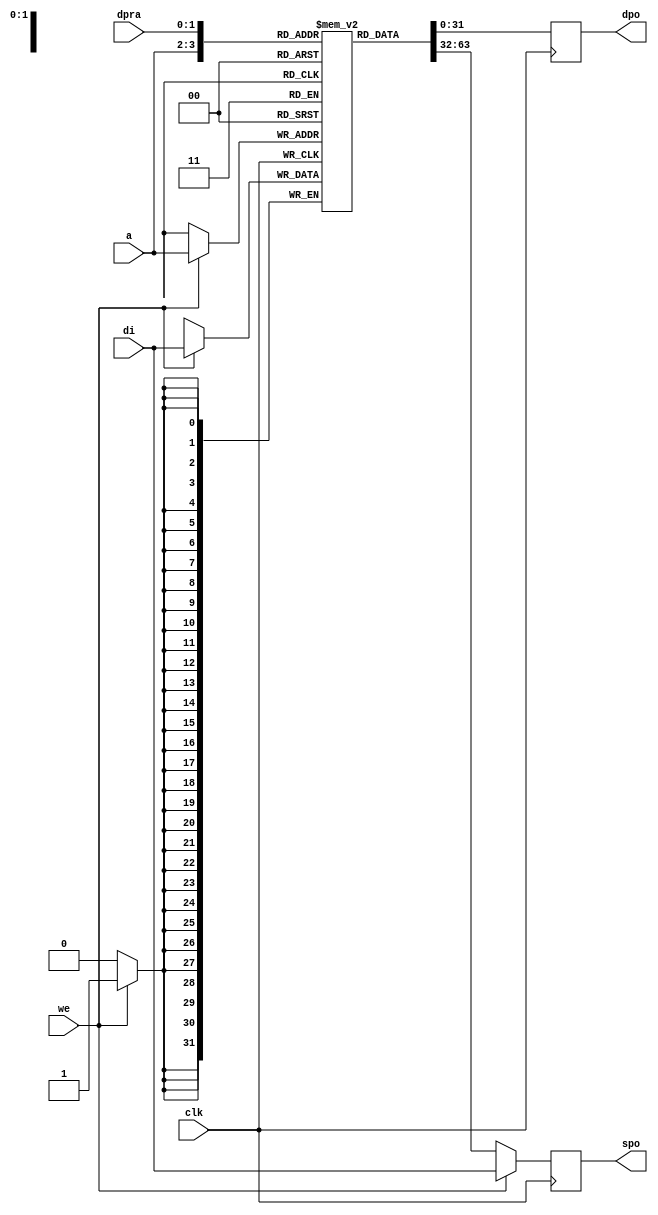
// This program was cloned from: https://github.com/Kenji-Ishimaru/polyphony
// License: MIT License

//=======================================================================
//                        Project Polyphony
//
// File:
//   fm_cmn_dram_01.v
//
// Abstract:
//   Dualport RAM, which will be mapped onto distributed ram
//
//  Created:
//    10 April 2009
//
// Copyright (c) 2008-2009  Kenji Ishimaru, All rights reserved.
//
//======================================================================
//  Revision History

// synthesis attribute ram_style of fm_cmn_dram_01 is distributed;

module fm_cmn_dram_01 (
    clk,
    we,
    a,
    dpra,
    di,
    spo,
    dpo
 );

//////////////////////////////////
// parameter
//////////////////////////////////
    parameter P_WIDTH = 32;
    parameter P_RANGE = 2;
    parameter P_DEPTH = 1 << P_RANGE;
//////////////////////////////////
// I/O port definition
//////////////////////////////////
    input                clk;
    input                we;
    input  [P_RANGE-1:0] a;
    input  [P_RANGE-1:0] dpra;
    input  [P_WIDTH-1:0] di;
    output [P_WIDTH-1:0] spo;
    output [P_WIDTH-1:0] dpo;

//////////////////////////////////
// reg 
//////////////////////////////////
    reg [P_WIDTH-1:0] ram [P_DEPTH-1:0];
    reg [P_WIDTH-1:0] spo;
    reg [P_WIDTH-1:0] dpo;

//////////////////////////////////
// always
//////////////////////////////////
    // port A: write-first
    always @(posedge clk) begin
        if (we) begin
            ram[a] <= di;
            spo <= di;
        end else begin
            spo <= ram[a];
        end
    end

    // port B: read-first
    always @(posedge clk) begin
        dpo <= ram[dpra];
    end
endmodule